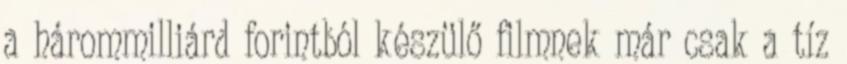
a hárommilliárd forintból készülő filmnek már csak a tíz